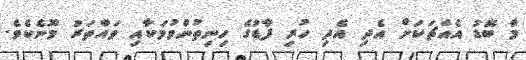
މާ ބޮޑު އެއްޗަކަށް އެދި އެދި ހުރި ފާޑުގެ ހިނިތުންވުމަކާއި ވައްތަރު މޫނެކެވެ.